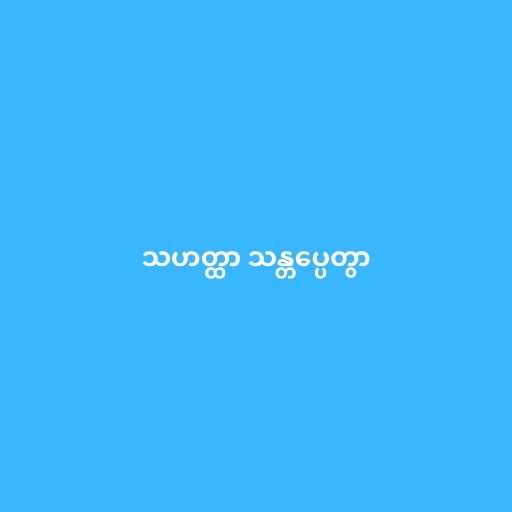
သဟတ္ထာ သန္တပ္ပေတွာ